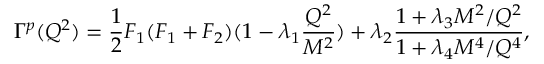
\Gamma ^ { p } ( Q ^ { 2 } ) = { \frac { 1 } { 2 } } F _ { 1 } ( F _ { 1 } + F _ { 2 } ) ( 1 - \lambda _ { 1 } { \frac { Q ^ { 2 } } { M ^ { 2 } } } ) + \lambda _ { 2 } { \frac { 1 + \lambda _ { 3 } M ^ { 2 } / Q ^ { 2 } } { 1 + \lambda _ { 4 } M ^ { 4 } / Q ^ { 4 } } } ,